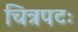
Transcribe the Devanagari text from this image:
चित्रपटः